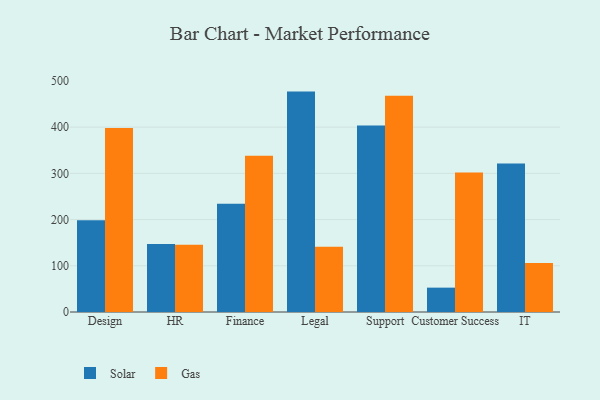
{"axis": {"x": "Department", "y": "Population (Million)"}, "legend": ["Gas", "Solar"], "data": [{"x": "Design", "y": 198.6, "type": "Solar"}, {"x": "Design", "y": 397.8, "type": "Gas"}, {"x": "HR", "y": 147.2, "type": "Solar"}, {"x": "HR", "y": 145.7, "type": "Gas"}, {"x": "Finance", "y": 234.3, "type": "Solar"}, {"x": "Finance", "y": 338.1, "type": "Gas"}, {"x": "Legal", "y": 476.8, "type": "Solar"}, {"x": "Legal", "y": 141.1, "type": "Gas"}, {"x": "Support", "y": 403.5, "type": "Solar"}, {"x": "Support", "y": 467.8, "type": "Gas"}, {"x": "Customer Success", "y": 52.7, "type": "Solar"}, {"x": "Customer Success", "y": 301.6, "type": "Gas"}, {"x": "IT", "y": 321.3, "type": "Solar"}, {"x": "IT", "y": 106.2, "type": "Gas"}]}